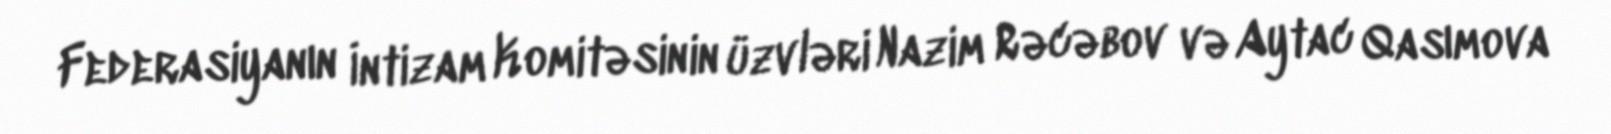
Federasiyanın İntizam Komitəsinin üzvləri Nazim Rəcəbov və Aytac Qasımova